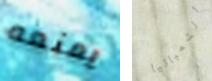
يمنعه الشمبانيا